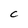
Character: C